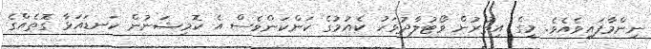
ނިންމާފައިވެއެވެ. މީގެ އިތުރުން ވޯޓުލާދުވަހު ކެއުމުގެ ކަންކަންވެސް އެ ކޮމިޝަނުން ކަނޑައަޅާ ގޮތެއްގެ